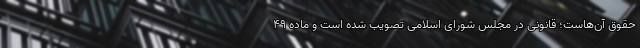
حقوق آن‌هاست؛ قانونی در مجلس شورای اسلامی تصویب شده است و ماده ۴۹